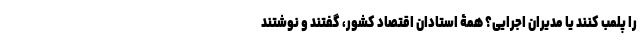
را پلمب کنند یا مدیران اجرایی؟ همۀ استادان اقتصاد کشور، گفتند و نوشتند